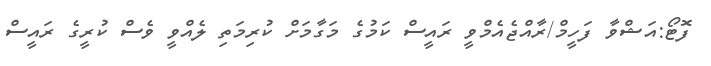
ފޮޓޯ:އަޝްވާ ފަހީމް/ރާއްޖެއެމްވީ ރައީސް ކަމުގެ މަގާމަށް ކުރިމަތި ލެއްވީ ވެސް ކުރީގެ ރައީސް